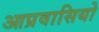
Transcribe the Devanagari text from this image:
आप्रवासियो